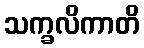
သက္ခလိကာတိ